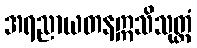
အရညာယတနဣသိသုတ္တံ